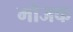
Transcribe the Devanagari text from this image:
मोजक